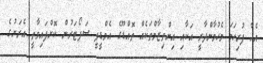
އެހާ ފުރިހަމަ މެހުމާންދާރީ އަކާއި އިންތިޒާމްތަކެއް ތޮއްޑޫގެ އެމްޑީޕީ ސަޕޯޓަރުން ކޮށްފައިވާތީ އެރަށުގެ